Note on the mental hospitals in Burma - 1925-1940
Year: 1925
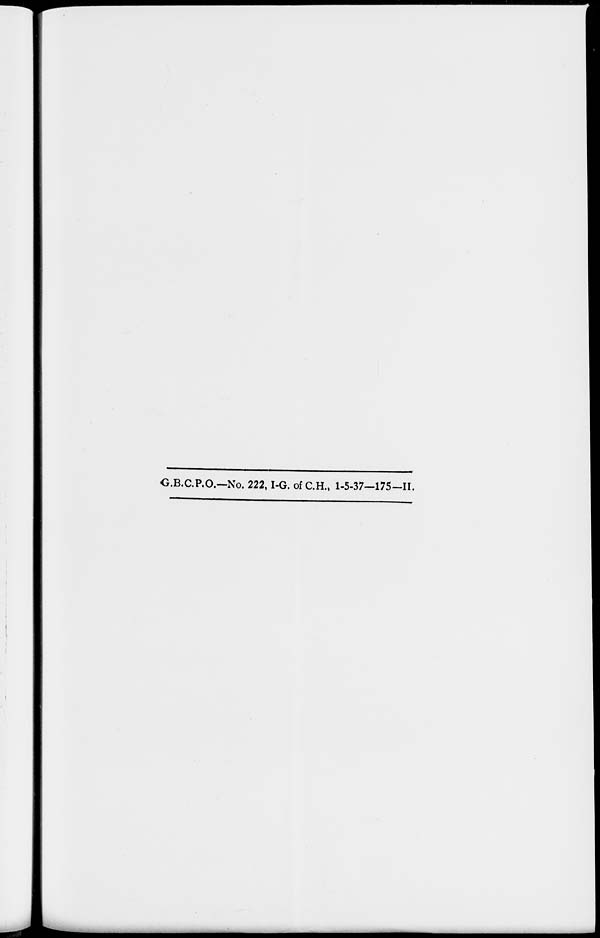
G.B.C.P.O.—No. 222,1-G. of C.H., 1-5-37—175—II.